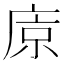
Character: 𢈴